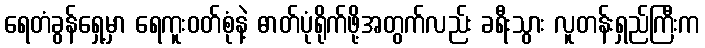
ရေတံခွန်ရှေ့မှာ ရေကူးဝတ်စုံနဲ့ ဓာတ်ပုံရိုက်ဖို့အတွက်လည်း ခရီးသွား လူတန်းရှည်ကြီးက